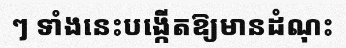
ៗ ទាំងនេះបង្កើតឱ្យមានដំណុះ